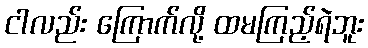
ငါလည်း ကြောက်လို့ ထမကြည့်ရဲဘူး